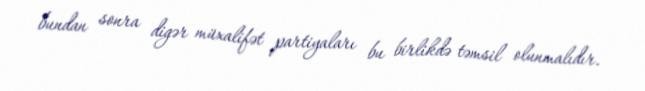
bundan sonra digər müxalifət partiyaları bu birlikdə təmsil olunmalıdır.